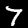
Digit: 7